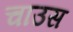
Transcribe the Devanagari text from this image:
चाउस